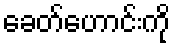
ခေတ်ဟောင်းကို